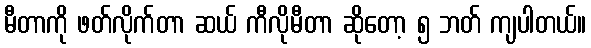
မီတာကို ဖတ်လိုက်တာ ဆယ် ကီလိုမီတာ ဆိုတော့ ၅ ဘတ် ကျပါတယ်။